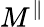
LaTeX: M^{\parallel}